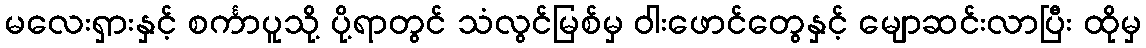
မလေးရှားနှင့် စင်္ကာပူသို့ ပို့ရာတွင် သံလွင်မြစ်မှ ဝါးဖောင်တွေနှင့် မျောဆင်းလာပြီး ထိုမှ